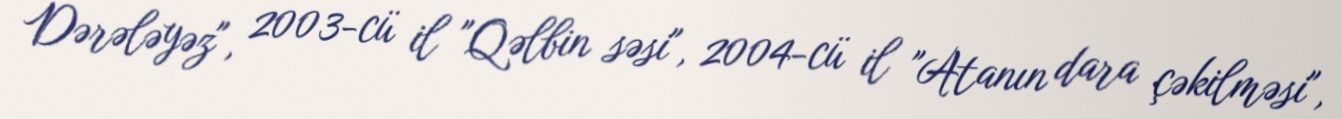
Dərələyəz", 2003-cü il "Qəlbin səsi", 2004-cü il "Atanın dara çəkilməsi",